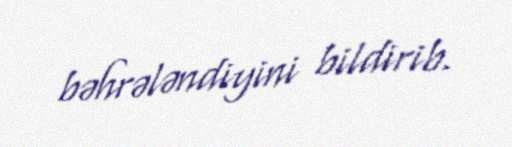
bəhrələndiyini bildirib.